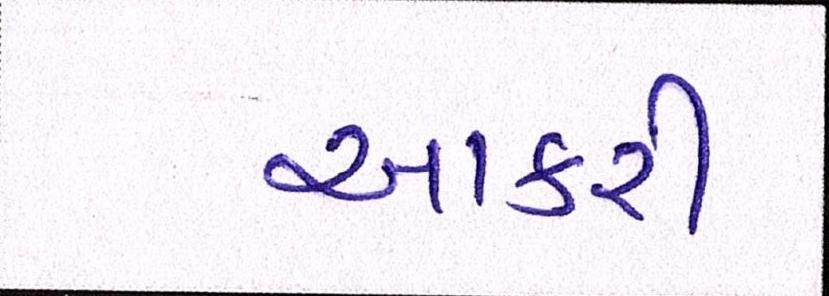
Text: આકરી